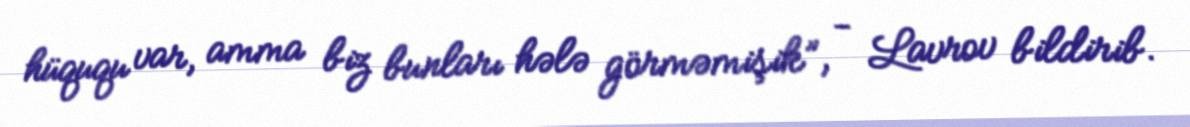
hüququ var, amma biz bunları hələ görməmişik”, - Lavrov bildirib.